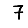
Digit: 7